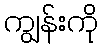
ကျွန်းကို